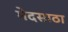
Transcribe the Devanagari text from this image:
मेदसाठा